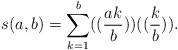
LaTeX: \begin{align*}s(a,b)=\sum_{k=1}^b ((\frac{ak}{b}))((\frac{k}{b})).\end{align*}